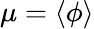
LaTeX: \mu=\langle\phi\rangle